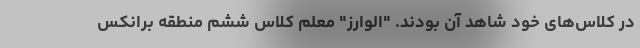
در کلاس‌های خود شاهد آن بودند. "الوارز" معلم کلاس ششم منطقه برانکس